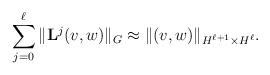
LaTeX: \begin{align*} \sum_{j=0}^\ell \Vert \mathbf{L}^j (v,w) \Vert_{G} \approx \Vert (v,w)\Vert_{H^{\ell+1}\times H^\ell}.\end{align*}